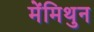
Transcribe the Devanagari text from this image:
मेंमिथुन